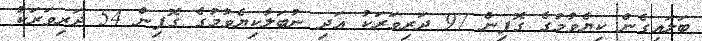
ބަލައިގެން ކިޔެވުމުގެ ގޮފިން 97 ދަރިވަރަކު އަދި ނުބަލާކިޔެވުމުގެ ގޮފިން 54 ދަރިވަރަކު